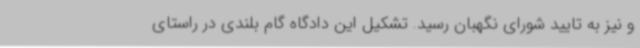
و نیز به تایید شورای نگهبان رسید. تشکیل این دادگاه گام بلندی در راستای